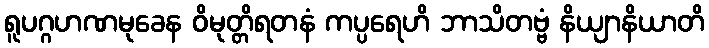
ရူပဂ္ဂဟဏမုခေန ဝိမုတ္တိရတနံ ကပ္ပရေဟိ ဘာသိတဗ္ဗံ နိယျာနိယာတိ